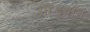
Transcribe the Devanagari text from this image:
औडूबॉन